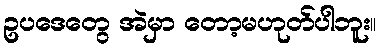
ဥပဒေတွေ အဲမှာ တော့မဟုတ်ပါဘူး။